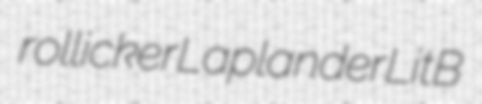
rollicker Laplander LitB